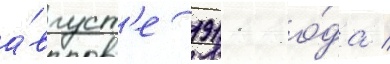
а́вгуст'е 1911 го́да /